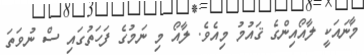
މާނައަކީ ލާއޯއިންގެ ޤައުމު މިއެވެ. ލާއޯ މި ނަމުގެ ފަހަތުގައި ސް ނުވަތަ